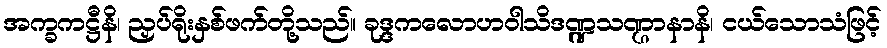
အက္ခကဋ္ဌီနိ၊ ညှပ်ရိုးနှစ်ဖက်တို့သည်။ ခုဒ္ဒကလောဟဝါသိဒဏ္ဍသဏ္ဌာနာနိ၊ ငယ်သောသံဖြင့်